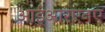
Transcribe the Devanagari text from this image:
आईआरएनए